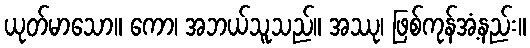
ယုတ်မာသော။ ကော၊ အဘယ်သူသည်။ အဿု၊ ဖြစ်ကုန်အံ့နည်း။